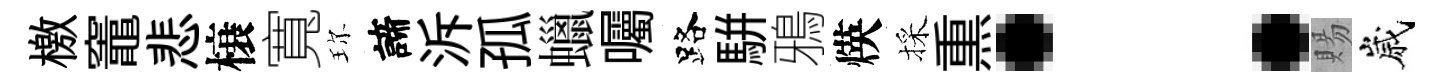
檄竈悲榱寬珎諦泝孤蠟囑路駢鴉煐採𤋱：賜嵗